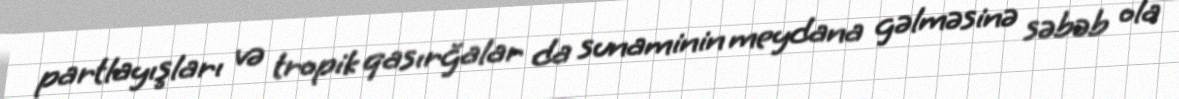
partlayışları və tropik qasırğalar da sunaminin meydana gəlməsinə səbəb ola